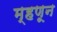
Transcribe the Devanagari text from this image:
म्हणून